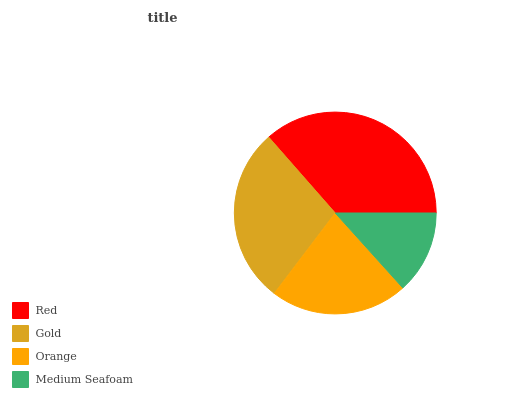
| Red | Gold | Orange | Medium Seafoam |
 | --- | --- | --- | --- |
 | 36.5% | 28.2% | 22% | 13.3% |